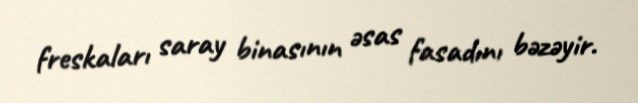
freskaları saray binasının əsas fasadını bəzəyir.